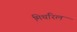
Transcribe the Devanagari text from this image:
मिथरिल